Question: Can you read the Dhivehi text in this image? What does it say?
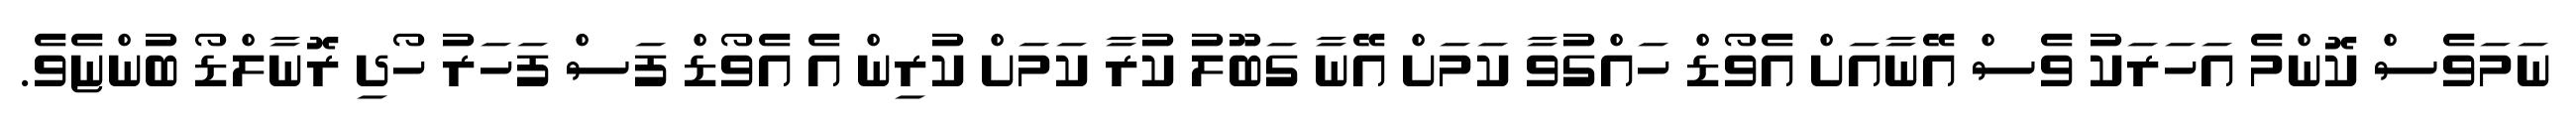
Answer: ނަމަވެސް ކޮންމެ އަހަރަކު ވެސް އޭނާއަށް އެވޯޑް ހައްގުވާ ކަމަށް އޭނާ ގަބޫލު ކުރާ ކަމަށް ކުރިން އެ އެވޯޑް ފަސް ފަހަރު ހޯދި ރޮނާލްޑޯ ބުންޏެވެ.